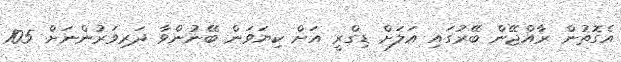
އެގޮތުން ރާއްޖޭން ބޭރުގައި އަލަށް ޑިގްރީ އަށް ކިޔަވަން ބޭނުންވާ ދަރިވަރުންނަށް 105